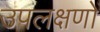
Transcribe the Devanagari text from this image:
उपलक्षणों